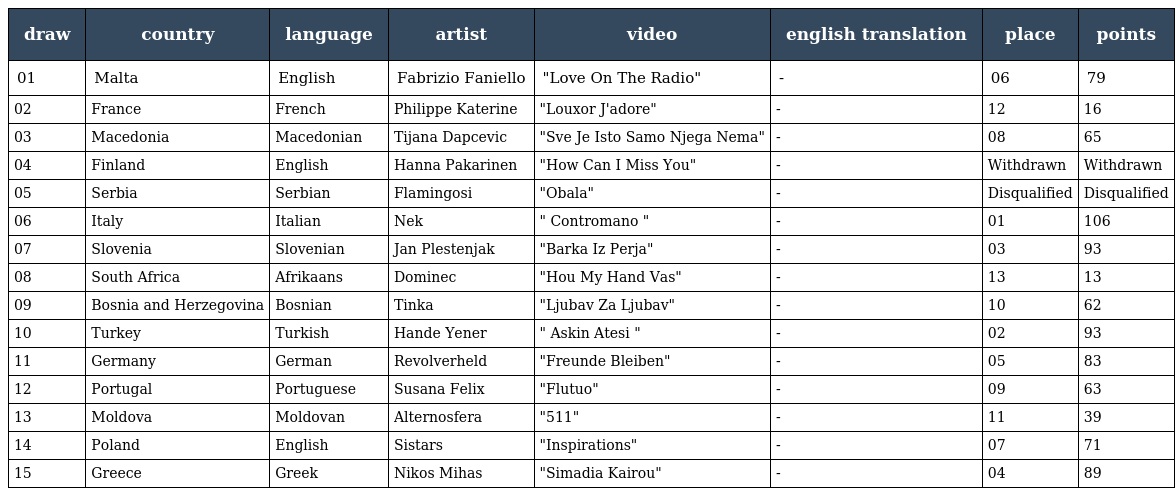
| draw | country | language | artist | video | english translation | place | points |
 | --- | --- | --- | --- | --- | --- | --- | --- |
 | 01 | Malta | English | Fabrizio Faniello | "Love On The Radio" | - | 06 | 79 |
 | 02 | France | French | Philippe Katerine | "Louxor J'adore" | - | 12 | 16 |
 | 03 | Macedonia | Macedonian | Tijana Dapcevic | "Sve Je Isto Samo Njega Nema" | - | 08 | 65 |
 | 04 | Finland | English | Hanna Pakarinen | "How Can I Miss You" | - | Withdrawn | Withdrawn |
 | 05 | Serbia | Serbian | Flamingosi | "Obala" | - | Disqualified | Disqualified |
 | 06 | Italy | Italian | Nek | " Contromano " | - | 01 | 106 |
 | 07 | Slovenia | Slovenian | Jan Plestenjak | "Barka Iz Perja" | - | 03 | 93 |
 | 08 | South Africa | Afrikaans | Dominec | "Hou My Hand Vas" | - | 13 | 13 |
 | 09 | Bosnia and Herzegovina | Bosnian | Tinka | "Ljubav Za Ljubav" | - | 10 | 62 |
 | 10 | Turkey | Turkish | Hande Yener | " Askin Atesi " | - | 02 | 93 |
 | 11 | Germany | German | Revolverheld | "Freunde Bleiben" | - | 05 | 83 |
 | 12 | Portugal | Portuguese | Susana Felix | "Flutuo" | - | 09 | 63 |
 | 13 | Moldova | Moldovan | Alternosfera | "511" | - | 11 | 39 |
 | 14 | Poland | English | Sistars | "Inspirations" | - | 07 | 71 |
 | 15 | Greece | Greek | Nikos Mihas | "Simadia Kairou" | - | 04 | 89 |